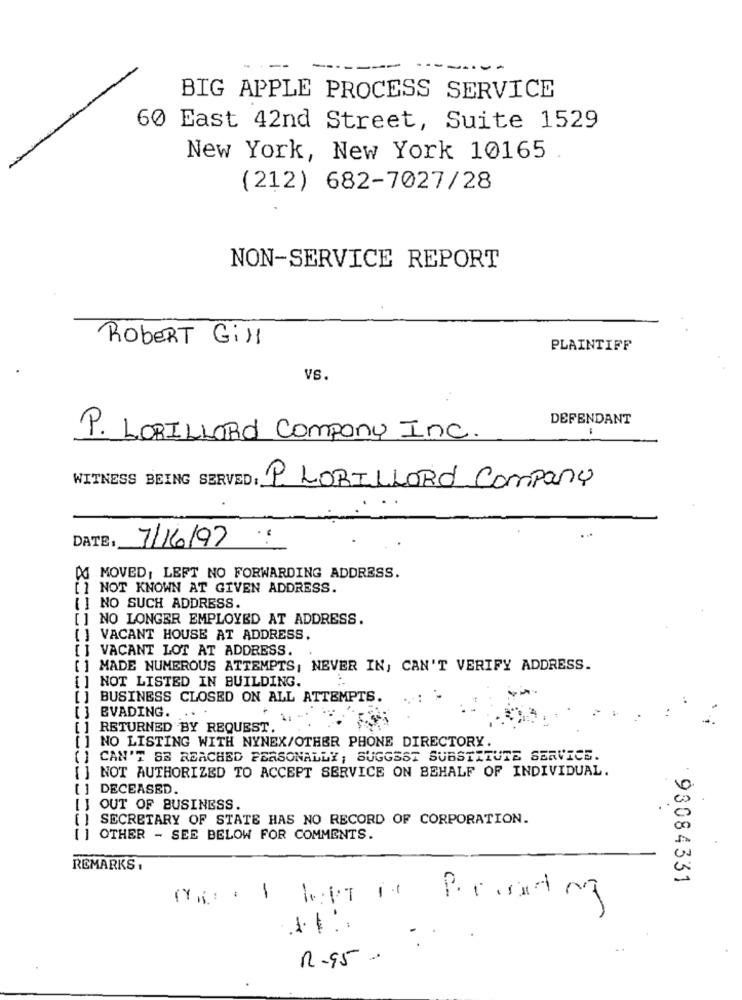
...
BIG APPLE PROCESS SERVICE
60 East 42nd Street, Suite 1529
New York, New York 10165
(212) 682-7027/28
NON-SERVICE REPORT
ROBERT Gill
PLAINTIFF
VS.
DEFENDANT
P. LORILLARD Company Inc.
WITNESS BEING SERVED: P LORILLORO Company
DATE:
7/16/97
A MOVED, LEFT NO FORWARDING ADDRESS.
[] NOT KNOWN AT GIVEN ADDRESS.
[] NO SUCH ADDRESS.
[] NO LONGER EMPLOYED AT ADDRESS.
[ ] VACANT HOUSE AT ADDRESS.
[] VACANT LOT AT ADDRESS.
[] MADE NUMEROUS ATTEMPTS, NEVER IN, CAN'T VERIFY ADDRESS.
NOT LISTED IN BUILDING.
BUSINESS CLOSED ON ALL ATTEMPTS.
EVADING.
RETURNED BY REQUEST.
[] NO LISTING WITH NYNEX/OTHER PHONE DIRECTORY.
(] CAN'T BE REACHED PERSONALLY ; SUGGEST SUBSTITUTE SERVICE.
[ ] NOT AUTHORIZED TO ACCEPT SERVICE ON BEHALF OF INDIVIDUAL.
[ ] DECEASED.
OUT OF BUSINESS.
SECRETARY OF STATE HAS NO RECORD OF CORPORATION.
[] OTHER - SEE BELOW FOR COMMENTS.
REMARKS .
93084331
-
C.
-
-
.
-
n-95